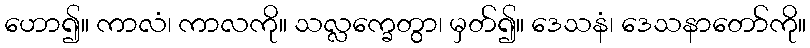
ဟော၍။ ကာလံ၊ ကာလကို။ သလ္လက္ခေတွာ၊ မှတ်၍။ ဒေသနံ၊ ဒေသနာတော်ကို။